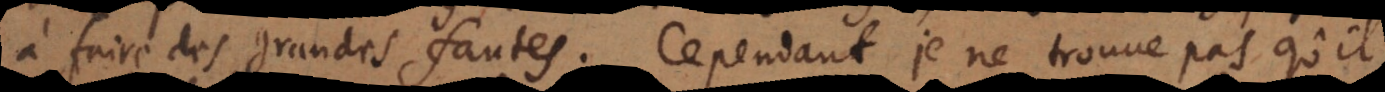
à faire des grandes fautes. Cependant je ne trouve pas qu’il